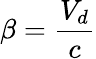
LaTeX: \beta=\frac{V_{d}}{c}